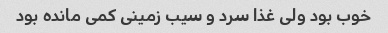
خوب بود ولی غذا سرد و سیب زمینی کمی مانده بود